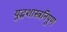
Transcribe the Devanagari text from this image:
युद्धशास्त्रनिपुण